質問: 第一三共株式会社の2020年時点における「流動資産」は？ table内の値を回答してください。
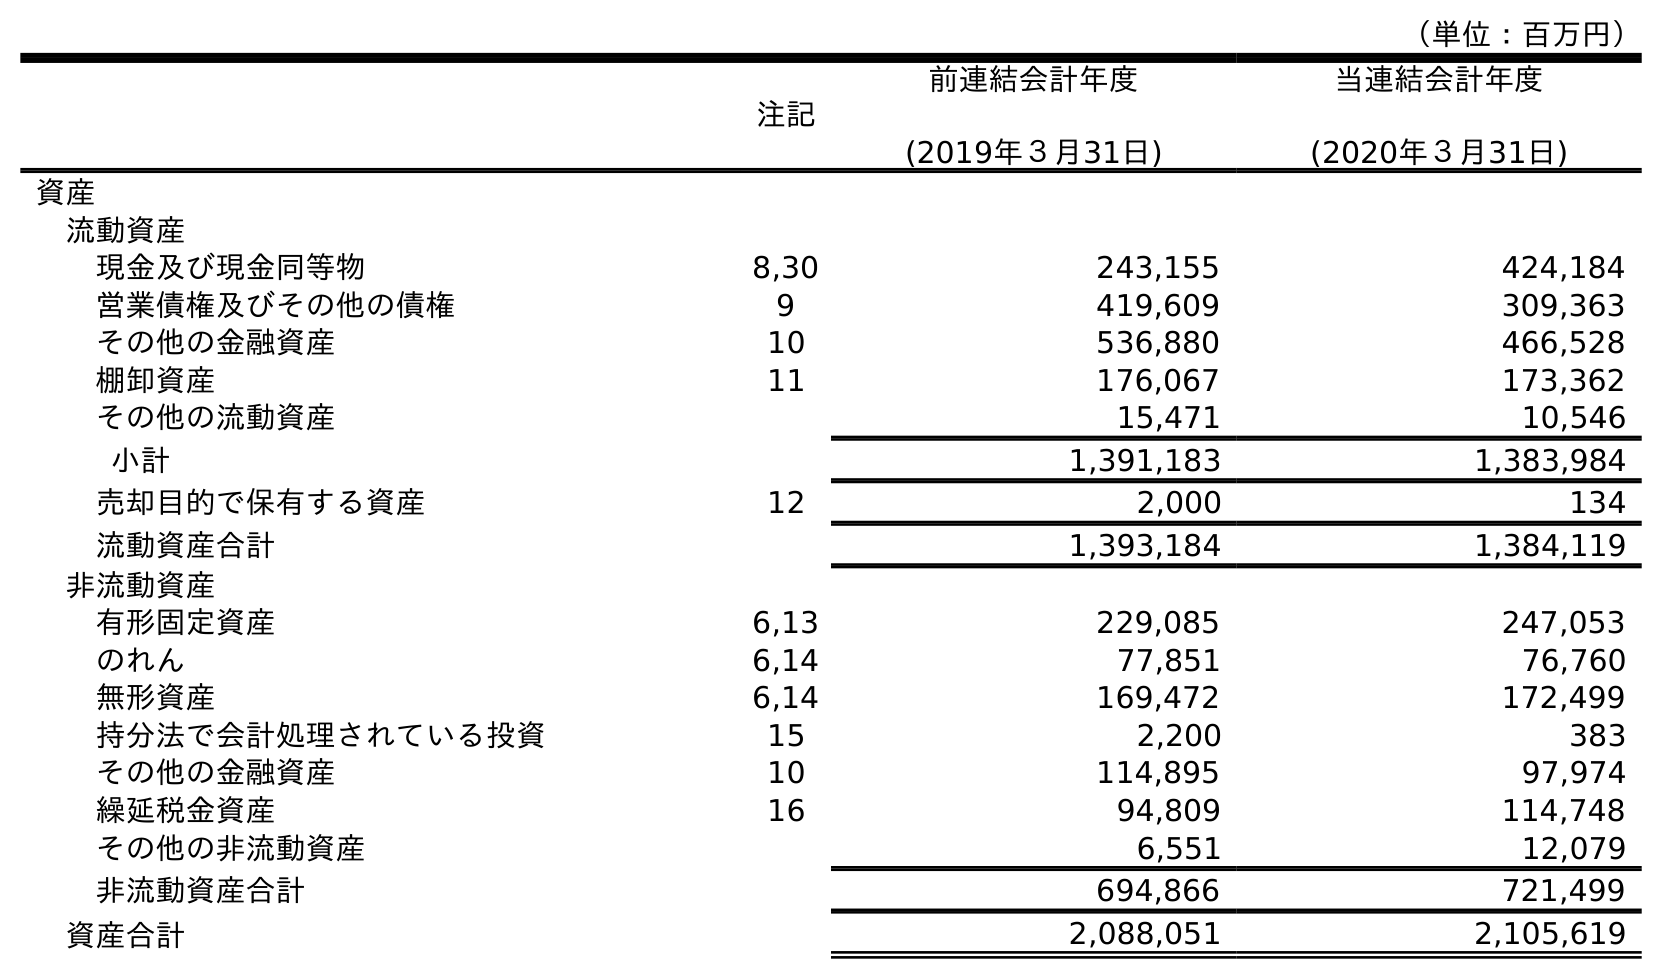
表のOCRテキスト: （単位：百万円） 注記 前連結会計年度 (2019年３月31日) 当連結会計年度 (2020年３月31日) 資産 流動資産 現金及び現金同等物 8,30 243,155 424,184 営業債権及びその他の債権 9 419,609 309,363 その他の金融資産 10 536,880 466,528 棚卸資産 11 176,067 173,362 その他の流動資産 15,471 10,546 小計 1,391,183 1,383,984 売却目的で保有する資産 12 2,000 134 流動資産合計 1,393,184 1,384,119 非流動資産 有形固定資産 6,13 229,085 247,053 のれん 6,14 77,851 76,760 無形資産 6,14 169,472 172,499 持分法で会計処理されている投資 15 2,200 383 その他の金融資産 10 114,895 97,974 繰延税金資産 16 94,809 114,748 その他の非流動資産 6,551 12,079 非流動資産合計 694,866 721,499 資産合計 2,088,051 2,105,619
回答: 1,384,119